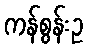
ကန်စွန်းဥ